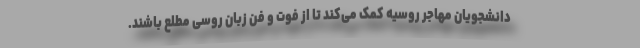
دانشجویان مهاجر روسیه کمک می‌کند تا از فوت و فن زبان روسی مطلع باشند.